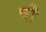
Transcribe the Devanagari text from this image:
षौ